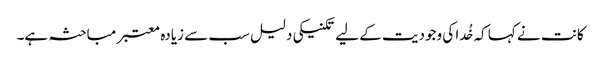
کانت نے کہا کہ خُدا کی وجودیت کے لیے تکنیکی دلیل سب سے زیادہ معتبر مباحثہ ہے۔